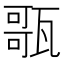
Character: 𤭻